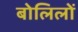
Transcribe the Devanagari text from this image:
बोलिलों